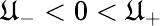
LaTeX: \mathfrak{U}_{-}<0<\mathfrak{U}_{+}